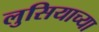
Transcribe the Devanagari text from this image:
लुसियाच्या